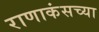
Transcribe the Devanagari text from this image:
राणाकंसच्या